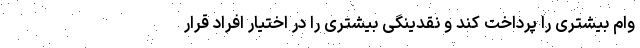
وام بیشتری را پرداخت کند و نقدینگی بیشتری را در اختیار افراد قرار